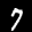
Label: 7